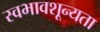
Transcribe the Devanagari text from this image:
स्वभावशून्यता